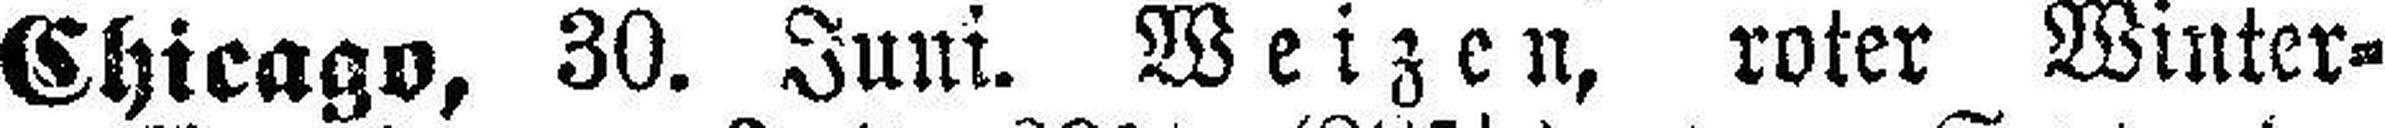
Chicago, 30. Juni. Weizen, roter Winter¬